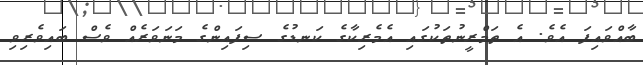
ބާއްވައިފަ އެވެ. އެ ތަމްރީނުތަކުގައި އެމެރިކާގެ ކަނޑުގެ ސިފައިންގެ މަނަވަރެއް ވެސް ބައިވެރިވި